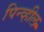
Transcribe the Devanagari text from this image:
पिन्व्हील